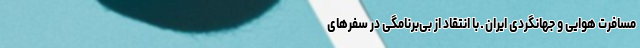
مسافرت هوایی و جهانگردی ایران ـ با انتقاد از بی‌برنامگی در سفرهای